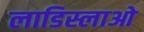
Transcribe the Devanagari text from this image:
लाडिस्लाओ